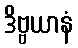
ဒိဗ္ဗယာနံ